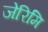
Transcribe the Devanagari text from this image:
जेरिमि